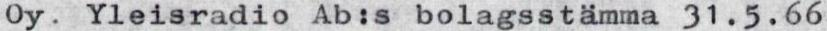
Oy. Yleisradio Ab:s bolagsstämma 31.5.66